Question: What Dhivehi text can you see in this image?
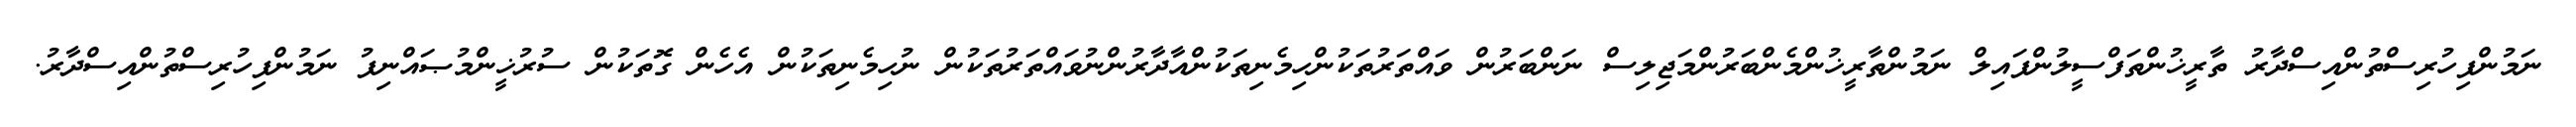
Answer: ނަމުންފިހުރިސްތުންއިސްދާރު ތާރީޚުންތަފްސީލުންފައިލް ނަމުންތާރީޚުންމެންބަރުންމަޖިލިސް ނަންބަރުން ވައްތަރުތަކުންހިމެނިތަކުންއާދާރުންނުވައްތަރުތަކުން ނުހިމެނިތަކުން އެހެން ގޮތަކުން ސުރުޚީންމުޞައްނިފު ނަމުންފިހުރިސްތުންއިސްދާރު.